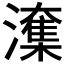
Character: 𭳑